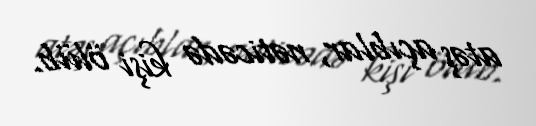
atəş açıblar, nəticədə kişi ölüb.